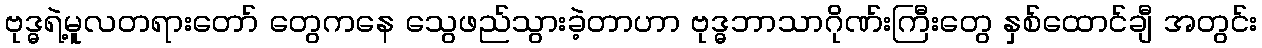
ဗုဒ္ဓရဲ့မူလတရားတော် တွေကနေ သွေဖည်သွားခဲ့တာဟာ ဗုဒ္ဓဘာသာဂိုဏ်းကြီးတွေ နှစ်ထောင်ချီ အတွင်း